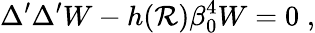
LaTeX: \Delta^{\prime}\Delta^{\prime}W-h(\mathcal{R})\beta_{0}^{4}W=0\; ,